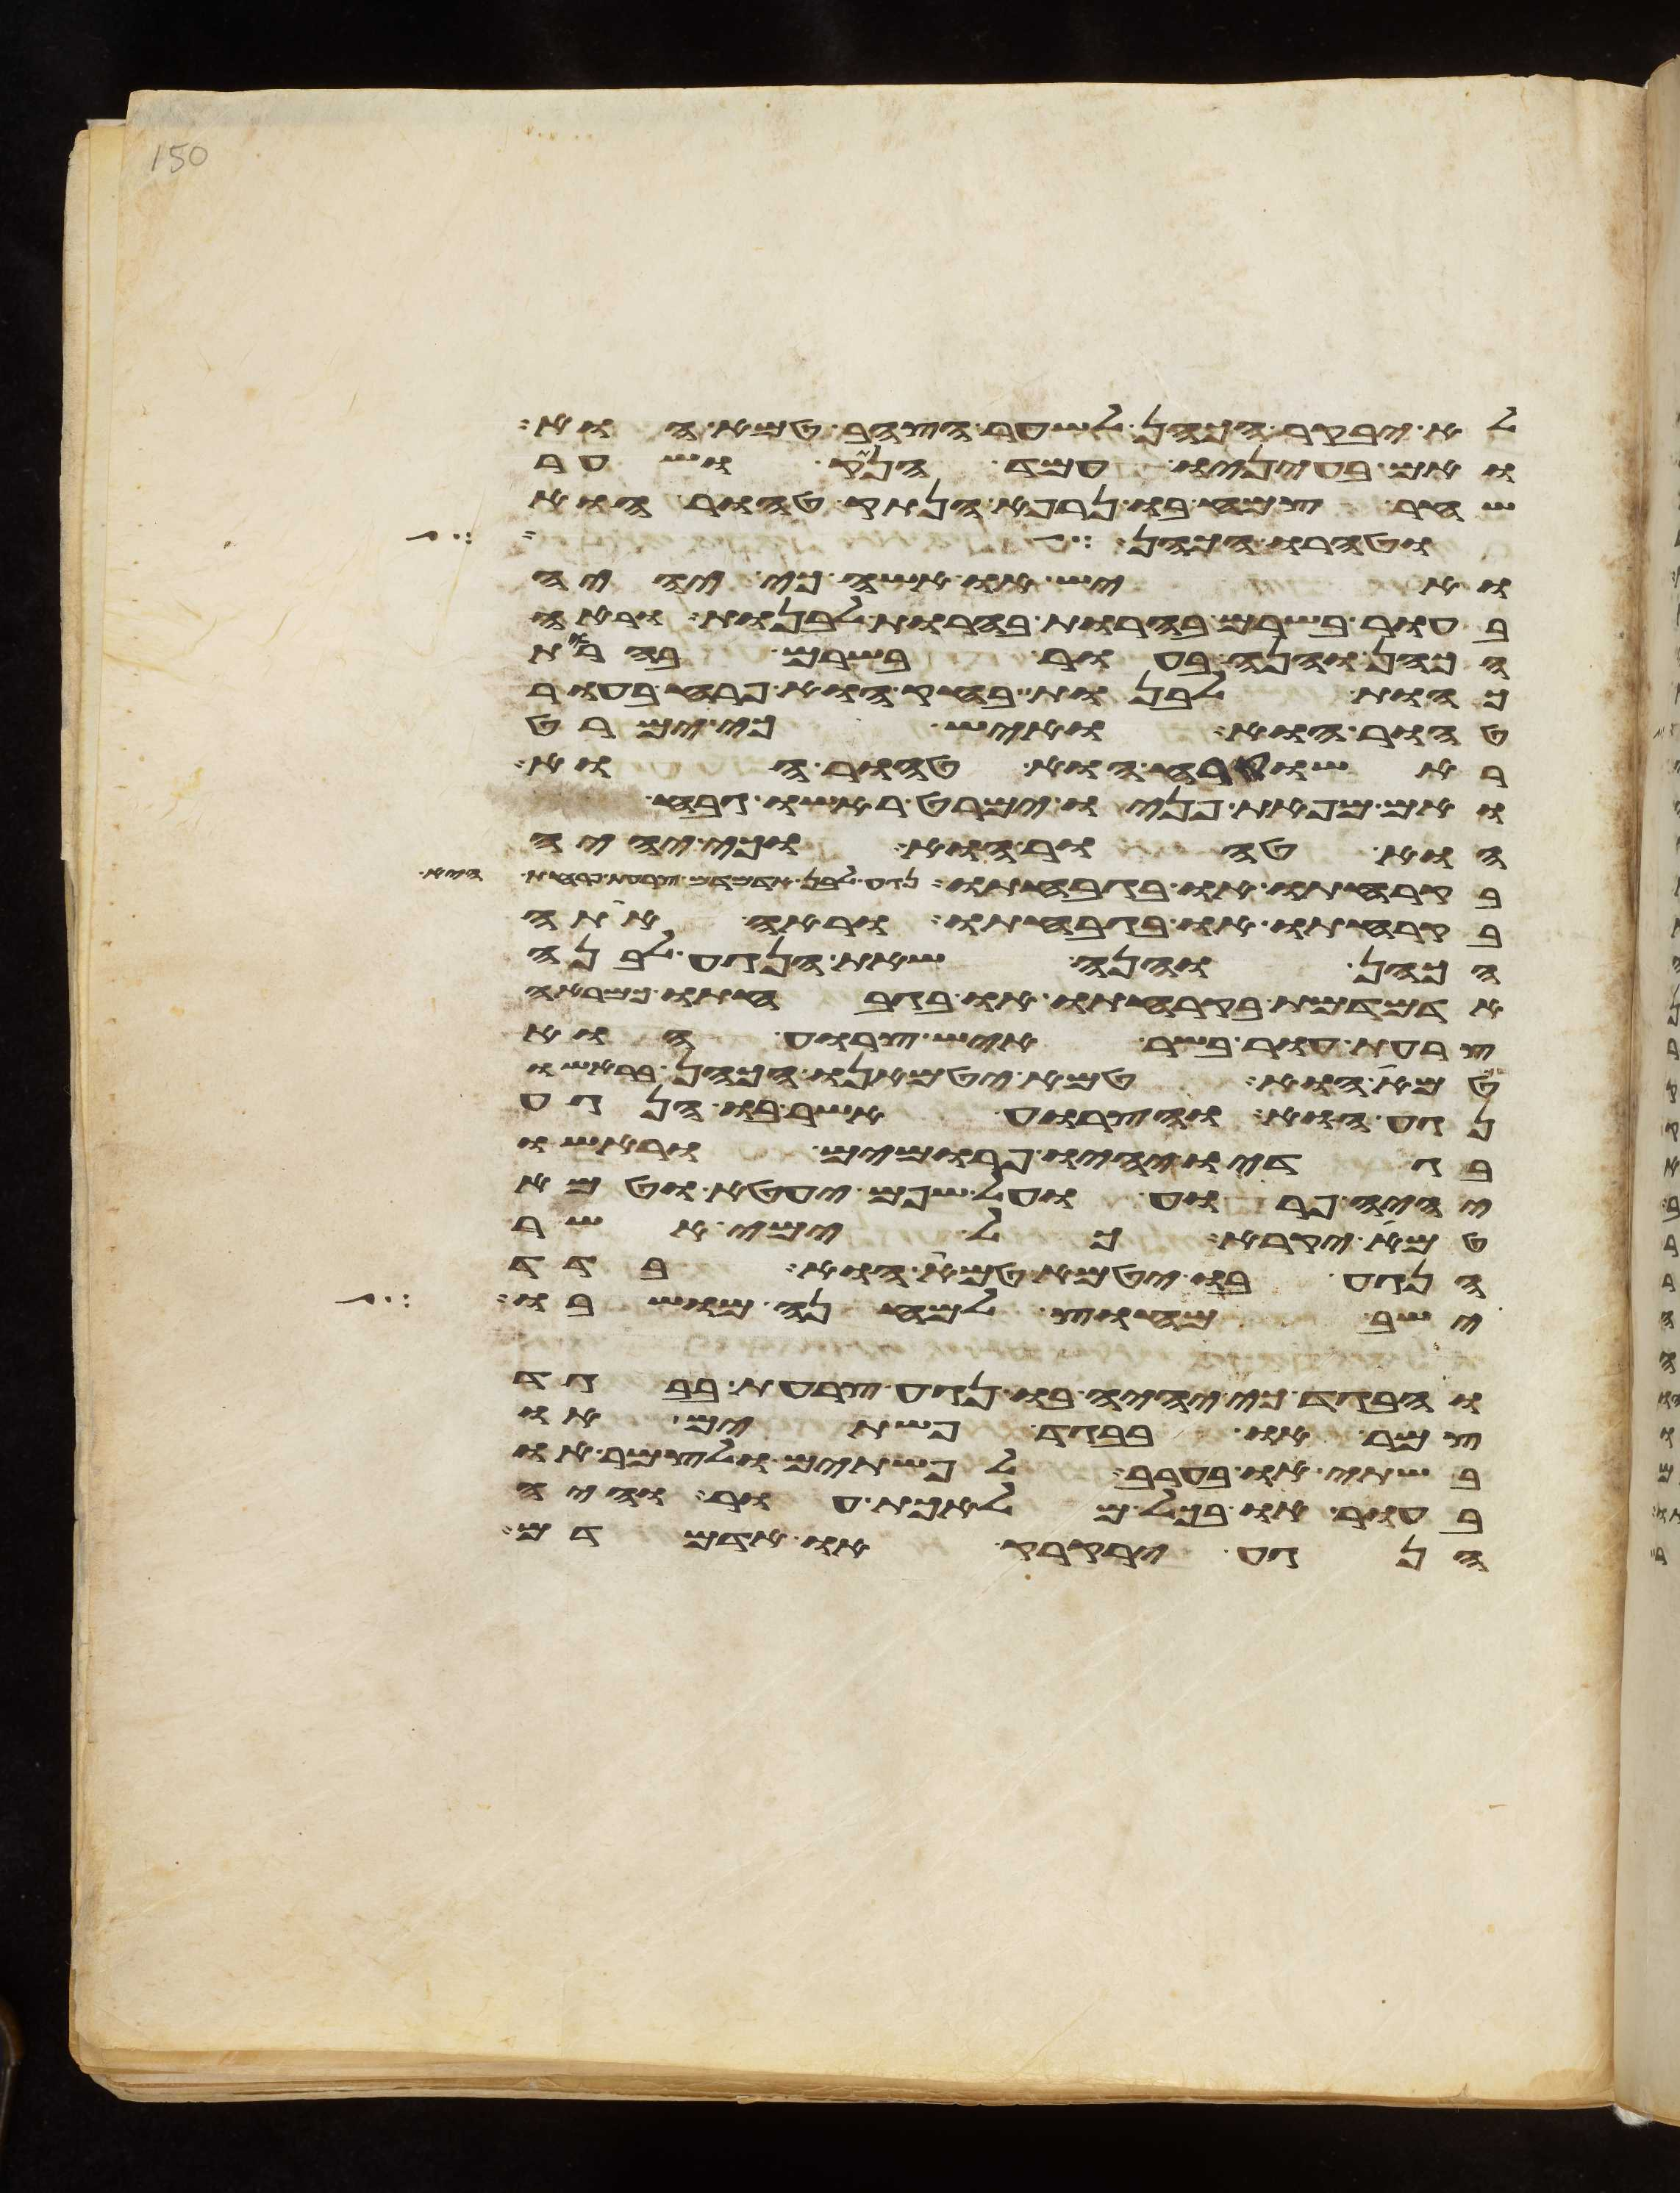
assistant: לא יבקר הכהן לשער הצהב טמא הוא
ואם בעיניו עמד הנתק ושער
שחר צמח בו נרפא הנתק טהור הוא
ויהוה המטיר על סדם ועל
ואיש או אשה כי יהיה
בעור בשרם בהרות בהרות לבנות וראה
הכהן והנה בעור בשרם בהרות
כהות לבנות בחק הוא פרח בעור
טהור הוא ואיש כי ימרט
ראשו קרח הוא טהור הוא
ואם מפאת פניו ימרט ראשו גבח
הוא טהור הוא או כי יהיה
בקרחתו או בגבחתו נגע לבן אדמדם צרעת פרחת היא
בקרחתו או בגבחתו וראה אתה
הכהן והנה שאת הנגע לבנה
אדמדמת בקרחתו או בגבחתו כמראה
צרעת עור בשר איש צרוע הוא
טמא הוא טמא יטמאנו הכהן בראשו
נגעו והצרוע אשר בו הנגע
בגדיו יהיו פרומים וראשו
יהיה פרוע ועל שפם יעטא וטמא
טמא יקרא כל ימי אשר
הנגע בו יטמא טמא הוא בדד
ישב מחוץ למחנה מושבו
והבגד כי יהיה בו נגע צרעת בבגד
צמר או בבגד פשתים או
בשתי או בערב לפשתים ולצמר או
בעור או בכל מלאכת עור והיה
הנגע ירקרק או אדמדם